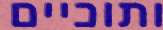
ותוכיים